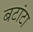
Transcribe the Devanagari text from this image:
बटांटा